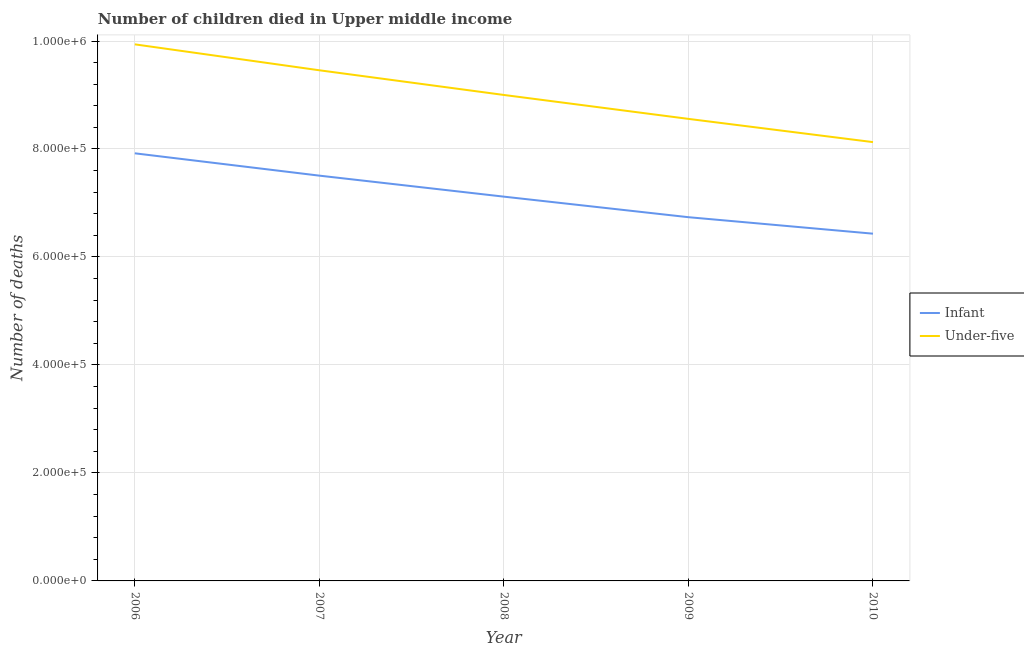
| Year | Infant | Under-five |
 | --- | --- | --- |
 | 2006 | 7.92e+05 | 9.94e+05 |
 | 2007 | 7.51e+05 | 9.46e+05 |
 | 2008 | 7.12e+05 | 9e+05 |
 | 2009 | 6.74e+05 | 8.56e+05 |
 | 2010 | 6.43e+05 | 8.13e+05 |